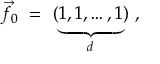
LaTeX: \vec { f _ { 0 } } \ = \ ( \underbrace { 1 , 1 , \ldots , 1 } _ { d } ) \ ,